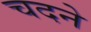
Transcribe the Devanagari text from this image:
चदने